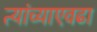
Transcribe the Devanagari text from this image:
त्यांच्याएवढा